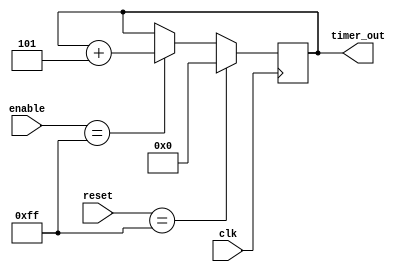
module multirate_timer (
    input wire clk,
    input wire [7:0] reset,
    input wire [7:0] enable,
    output reg [31:0] timer_out
);

reg [31:0] counter1;
reg [31:0] counter2;
reg [31:0] counter3;

always @(posedge clk) begin
    if (reset == 8'b11111111) begin
        counter1 <= 32'h00000000;
        counter2 <= 32'h00000000;
        counter3 <= 32'h00000000;
    end else if (enable == 8'b11111111) begin
        counter1 <= counter1 + 1;
        counter2 <= counter2 + 3;
        counter3 <= counter3 + 5;
    end
end

assign timer_out = {counter1, counter2, counter3};

endmodule